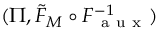
( \Pi , \tilde { F } _ { M } \circ F _ { \mathrm { ~ a ~ u ~ x ~ } } ^ { - 1 } )